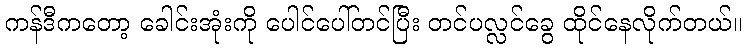
ကန်ဒီကတော့ ခေါင်းအုံးကို ပေါင်ပေါ်တင်ပြီး တင်ပလ္လင်ခွေ ထိုင်နေလိုက်တယ်။